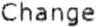
CHANGE